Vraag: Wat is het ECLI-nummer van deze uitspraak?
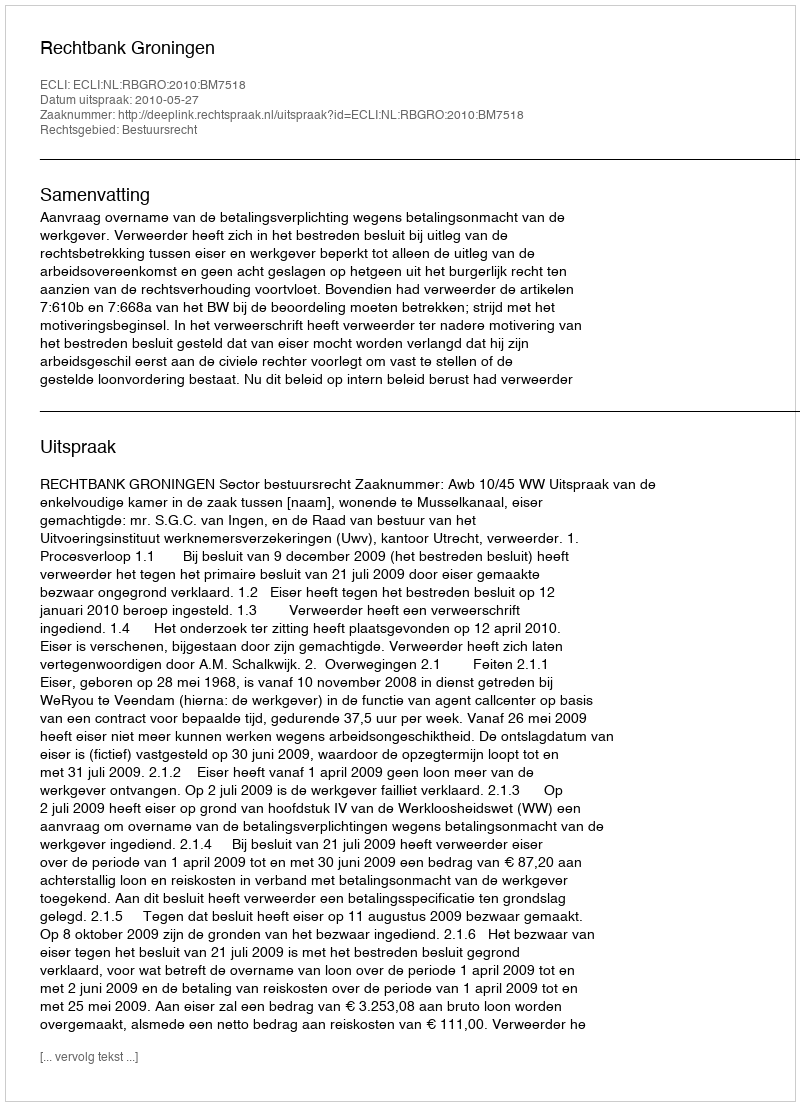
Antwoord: ECLI:NL:RBGRO:2010:BM7518